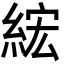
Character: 綋